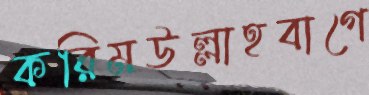
করিমউল্লাহবাগে